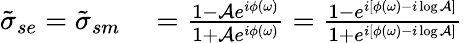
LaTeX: \begin{array}{rl}{\tilde{\sigma}_{se}=\tilde{\sigma}_{sm}}&{{}=\frac{1-\mathcal{A}e^{i\phi(\omega)}}{1+\mathcal{A}e^{i\phi(\omega)}}=\frac{1-e^{i[\phi(\omega)-i\log\mathcal{A}]}}{1+e^{i[\phi(\omega)-i\log\mathcal{A}]}}}\end{array}